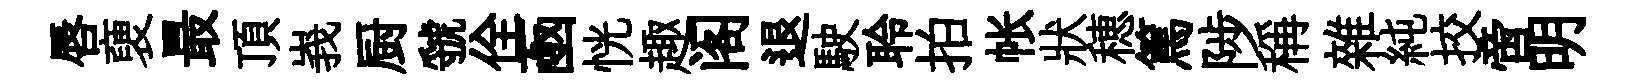
唇褏最頂峩厨虢佺凾恍趣阁退駛聆拍帐狀穂篤陟稱雜純挍啻明